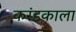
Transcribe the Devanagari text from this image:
करंडकाला